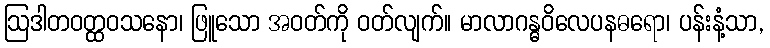
ဩဒါတဝတ္ထဝသနော၊ ဖြူသော အဝတ်ကို ဝတ်လျက်။ မာလာဂန္ဓဝိလေပနဓရော၊ ပန်းနံ့သာ,